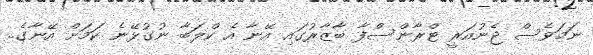
ނަމަވެސް ޖެނުއަރީ ޓްރާންސްފާ ބާޒާރުގައި އޭނާ އެ ކްލަބާ ނުގުޅޭނެ ކަމަށް އޭނާގެ..